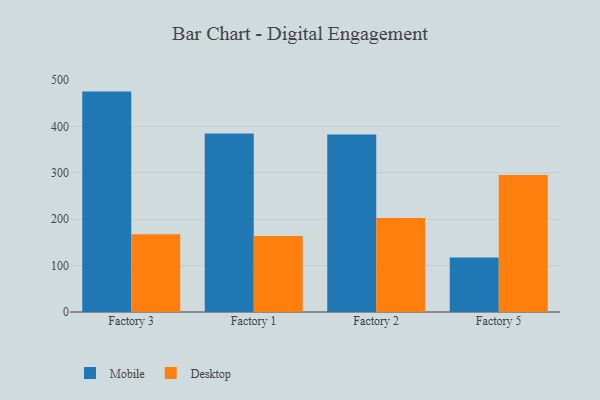
{"axis": {"x": "Factory", "y": "Active Users"}, "legend": ["Desktop", "Mobile"], "data": [{"x": "Factory 3", "y": 475.0, "type": "Mobile"}, {"x": "Factory 3", "y": 167.5, "type": "Desktop"}, {"x": "Factory 1", "y": 384.8, "type": "Mobile"}, {"x": "Factory 1", "y": 163.6, "type": "Desktop"}, {"x": "Factory 2", "y": 382.7, "type": "Mobile"}, {"x": "Factory 2", "y": 202.5, "type": "Desktop"}, {"x": "Factory 5", "y": 117.3, "type": "Mobile"}, {"x": "Factory 5", "y": 295.4, "type": "Desktop"}]}